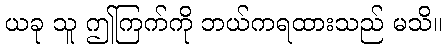
ယခု သူ ဤကြက်ကို ဘယ်ကရထားသည် မသိ။